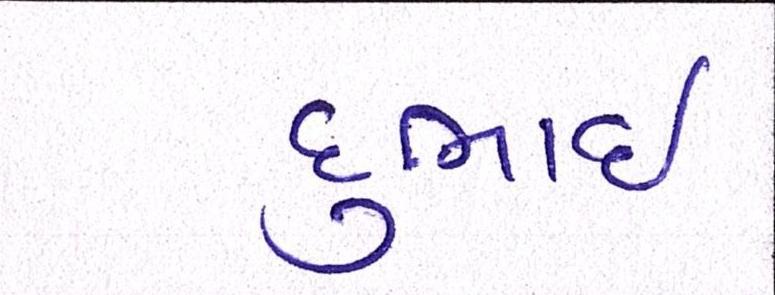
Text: દુભાઇ